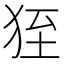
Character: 𤞂